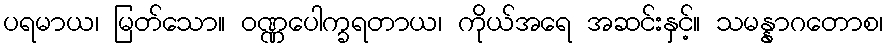
ပရမာယ၊ မြတ်သော။ ဝဏ္ဏပေါက္ခရတာယ၊ ကိုယ်အရေ အဆင်းနှင့်။ သမန္နာဂတောစ၊